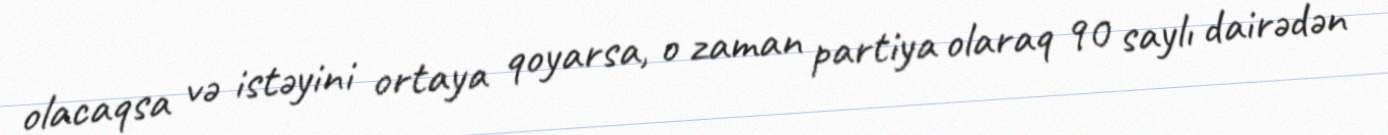
olacaqsa və istəyini ortaya qoyarsa, o zaman partiya olaraq 90 saylı dairədən